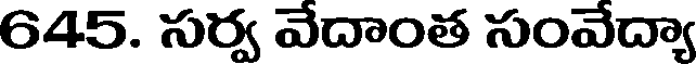
645. సర్వ వేదాంత సంవేద్యా